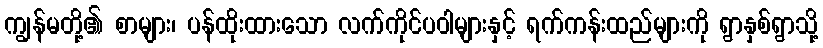
ကျွန်မတို့၏ စာများ၊ ပန်ထိုးထားသော လက်ကိုင်ပဝါများနှင့် ရက်ကန်းထည်များကို ရွာနှစ်ရွာသို့